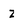
Character: Z